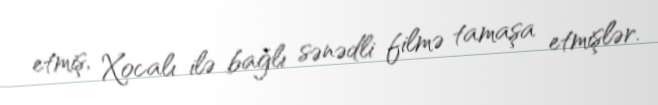
etmiş, Xocalı ilə bağlı sənədli filmə tamaşa etmişlər.